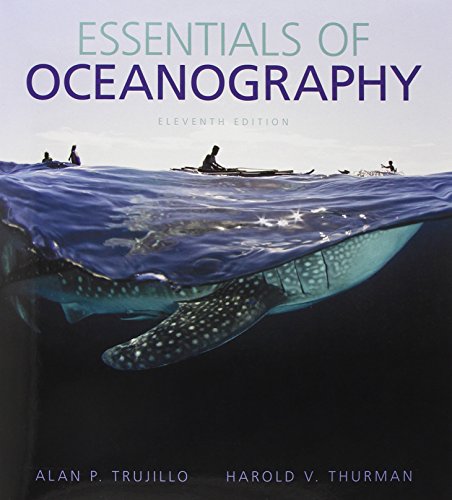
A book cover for Essentials of Oceanography (11th Edition); Alan P. Trujillo; Science & Math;